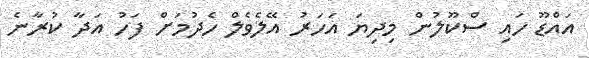
އައްޑޫ ހައި ސްކޫލުން މިދިޔަ އަހަރު އޭލެވެލް ހެދުމަށް ފަހު އަދާ ކުރާނެ